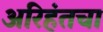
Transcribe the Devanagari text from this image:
अरिहंतचा